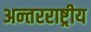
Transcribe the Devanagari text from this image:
अन्‍तरराष्ट्रीय